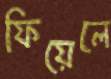
ফিয়েলে